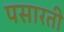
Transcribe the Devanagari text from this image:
पसारती